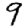
Digit: 9